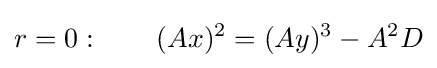
r=0:\qquad (Ax)^{2}=(Ay)^{3}-A^{2}D